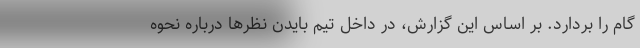
گام را بردارد. بر اساس این گزارش، در داخل تیم بایدن نظرها درباره نحوه